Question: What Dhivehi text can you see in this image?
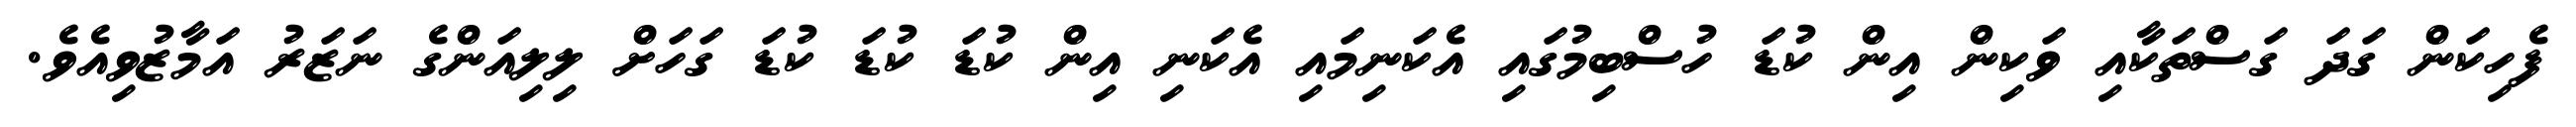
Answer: ފެހިކަން ގަދަ ގަސްތަކާއި ވަކިން އިން ކުޑަ ހުސްބިމުގައި އެކަނިމައި އެކަނި އިން ކުޑަ ކުޑަ ކުޑަ ގަހަށް ލިލިއަންގެ ނަޒަރު އަމާޒުވިއެވެ.